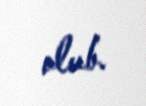
olub.